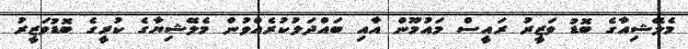
މެލޭޝިއާގެ ބޮޑު ވަޒީރު ރައީސް މައުމޫން އާއި ބައްދަލުކުރެއްވުން މެލޭޝިޔާގެ ކުރީގެ ބޮޑުވަޒީރު